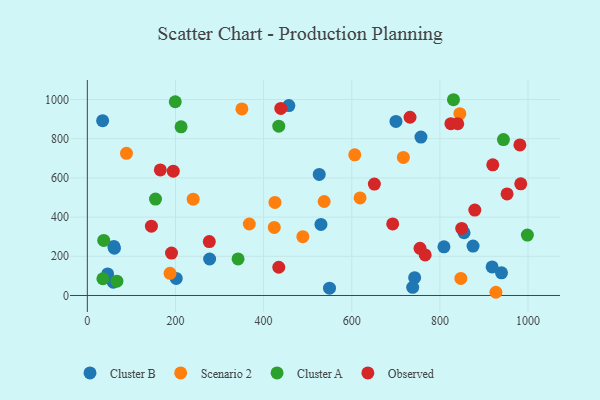
{"axis": {"x": "Study Hours", "y": "Fuel Efficiency"}, "legend": ["Cluster A", "Cluster B", "Observed", "Scenario 2"], "data": [{"x": "549.5", "y": 37.2, "type": "Cluster B"}, {"x": "201.7", "y": 87.1, "type": "Cluster B"}, {"x": "457.3", "y": 969.1, "type": "Cluster B"}, {"x": "854.8", "y": 320.0, "type": "Cluster B"}, {"x": "875.2", "y": 252.0, "type": "Cluster B"}, {"x": "46.1", "y": 109.8, "type": "Cluster B"}, {"x": "34.7", "y": 891.7, "type": "Cluster B"}, {"x": "700.3", "y": 888.1, "type": "Cluster B"}, {"x": "742.7", "y": 90.7, "type": "Cluster B"}, {"x": "61.4", "y": 241.0, "type": "Cluster B"}, {"x": "277.5", "y": 186.2, "type": "Cluster B"}, {"x": "939.8", "y": 115.5, "type": "Cluster B"}, {"x": "60.2", "y": 250.1, "type": "Cluster B"}, {"x": "757.0", "y": 808.4, "type": "Cluster B"}, {"x": "58.9", "y": 67.5, "type": "Cluster B"}, {"x": "918.5", "y": 145.9, "type": "Cluster B"}, {"x": "530.1", "y": 362.4, "type": "Cluster B"}, {"x": "738.3", "y": 41.8, "type": "Cluster B"}, {"x": "809.2", "y": 248.4, "type": "Cluster B"}, {"x": "526.2", "y": 617.7, "type": "Cluster B"}, {"x": "350.7", "y": 952.0, "type": "Scenario 2"}, {"x": "717.1", "y": 704.3, "type": "Scenario 2"}, {"x": "489.0", "y": 300.2, "type": "Scenario 2"}, {"x": "425.7", "y": 474.7, "type": "Scenario 2"}, {"x": "606.8", "y": 717.7, "type": "Scenario 2"}, {"x": "88.8", "y": 725.3, "type": "Scenario 2"}, {"x": "927.1", "y": 16.4, "type": "Scenario 2"}, {"x": "187.7", "y": 113.1, "type": "Scenario 2"}, {"x": "367.5", "y": 364.6, "type": "Scenario 2"}, {"x": "847.5", "y": 87.0, "type": "Scenario 2"}, {"x": "240.2", "y": 491.6, "type": "Scenario 2"}, {"x": "424.2", "y": 347.4, "type": "Scenario 2"}, {"x": "618.9", "y": 497.9, "type": "Scenario 2"}, {"x": "845.3", "y": 927.5, "type": "Scenario 2"}, {"x": "537.4", "y": 479.5, "type": "Scenario 2"}, {"x": "342.0", "y": 186.7, "type": "Cluster A"}, {"x": "434.4", "y": 863.7, "type": "Cluster A"}, {"x": "212.7", "y": 860.2, "type": "Cluster A"}, {"x": "998.5", "y": 308.3, "type": "Cluster A"}, {"x": "830.8", "y": 998.7, "type": "Cluster A"}, {"x": "67.1", "y": 72.8, "type": "Cluster A"}, {"x": "154.7", "y": 491.7, "type": "Cluster A"}, {"x": "35.3", "y": 85.5, "type": "Cluster A"}, {"x": "944.2", "y": 795.4, "type": "Cluster A"}, {"x": "199.5", "y": 988.3, "type": "Cluster A"}, {"x": "37.2", "y": 280.8, "type": "Cluster A"}, {"x": "439.0", "y": 954.1, "type": "Observed"}, {"x": "195.0", "y": 634.0, "type": "Observed"}, {"x": "983.5", "y": 569.8, "type": "Observed"}, {"x": "434.4", "y": 144.0, "type": "Observed"}, {"x": "145.4", "y": 353.4, "type": "Observed"}, {"x": "920.0", "y": 666.4, "type": "Observed"}, {"x": "276.7", "y": 275.1, "type": "Observed"}, {"x": "825.0", "y": 876.5, "type": "Observed"}, {"x": "754.9", "y": 240.7, "type": "Observed"}, {"x": "840.5", "y": 876.2, "type": "Observed"}, {"x": "651.3", "y": 568.5, "type": "Observed"}, {"x": "692.9", "y": 365.0, "type": "Observed"}, {"x": "165.6", "y": 640.4, "type": "Observed"}, {"x": "981.5", "y": 768.1, "type": "Observed"}, {"x": "732.2", "y": 909.4, "type": "Observed"}, {"x": "766.6", "y": 206.8, "type": "Observed"}, {"x": "849.5", "y": 342.0, "type": "Observed"}, {"x": "952.4", "y": 518.0, "type": "Observed"}, {"x": "879.2", "y": 435.9, "type": "Observed"}, {"x": "191.0", "y": 216.6, "type": "Observed"}]}